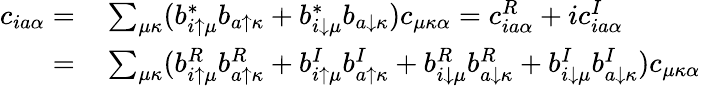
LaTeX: \begin{array}{rl}{c_{ia\alpha}=}&{{}\sum_{\mu\kappa}(b_{i\uparrow\mu}^{*}b_{a\uparrow\kappa}+b_{i\downarrow\mu}^{*}b_{a\downarrow\kappa})c_{\mu\kappa\alpha}=c_{ia\alpha}^{R}+ic_{ia\alpha}^{I}}\\ {=}&{{}\sum_{\mu\kappa}(b_{i\uparrow\mu}^{R}b_{a\uparrow\kappa}^{R}+b_{i\uparrow\mu}^{I}b_{a\uparrow\kappa}^{I}+b_{i\downarrow\mu}^{R}b_{a\downarrow\kappa}^{R}+b_{i\downarrow\mu}^{I}b_{a\downarrow\kappa}^{I})c_{\mu\kappa\alpha}}\end{array}